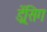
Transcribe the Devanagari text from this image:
ड्रेंसिग